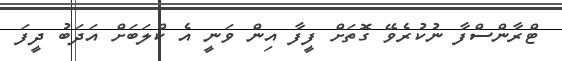
ޓްރާންސްފާ ނުކުރެވޭ ގޮތަށް ފީފާ އިން ވަނީ އެ ކްލަބަށް އަދަބު ދީފަ